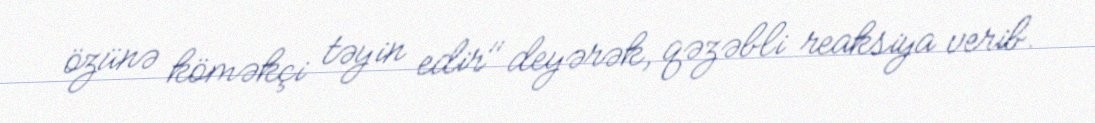
özünə köməkçi təyin edir" deyərək, qəzəbli reaksiya verib.